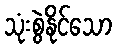
သုံးစွဲနိုင်သော